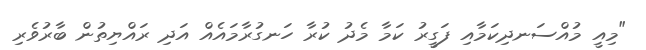
"މިއީ މުއްސަނދިކަމާއި ފަގީރު ކަމާ މެދު ކުރާ ހަނގުރާމައެއް އަދި ރައްޔިތުން ބާރުވެރި